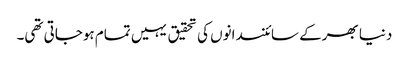
دنیا بھرکے سائنسدانوں کی تحقیق یہیں تمام ہوجاتی تھی۔